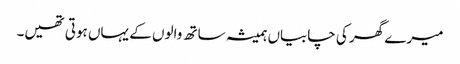
میرے گھر کی چابیاں ہمیشہ ساتھ والوں کے یہاں ہوتی تھیں۔